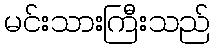
မင်းသားကြီးသည်